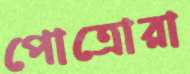
পোত্রোরা